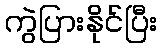
ကွဲပြားနိုင်ပြီး